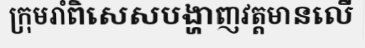
ក្រុមរាំពិសេសបង្ហាញវត្តមានលើ